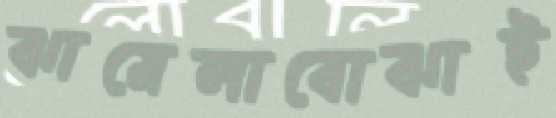
ঝামেলাবোঝাই